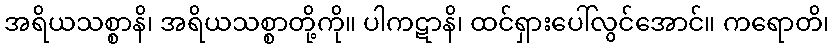
အရိယသစ္စာနိ၊ အရိယသစ္စာတို့ကို။ ပါကဋာနိ၊ ထင်ရှားပေါ်လွင်အောင်။ ကရောတိ၊